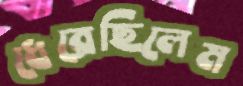
ধেরেছিলেম